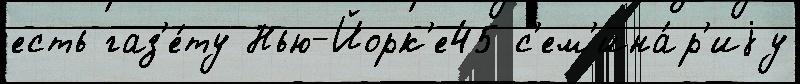
есть газ'е́ту Нью-Йорк'е45 с'ем'ина́р'иjу